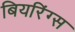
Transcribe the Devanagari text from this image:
बियरिंग्स